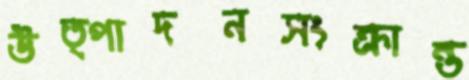
উত্পাদনসংক্রান্ত